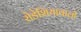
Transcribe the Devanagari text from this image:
रोडेशियावालों